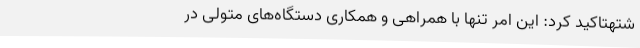
شتهتاکید کرد: این امر تنها با همراهی و همکاری دستگاه‌های متولی در